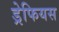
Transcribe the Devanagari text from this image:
ड्रेफियस